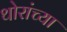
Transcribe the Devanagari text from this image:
थोरांच्या